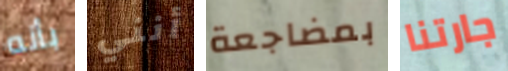
بأنه أنني بمضاجعة جارتنا